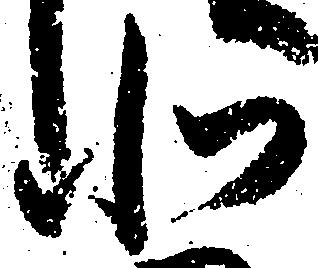
北